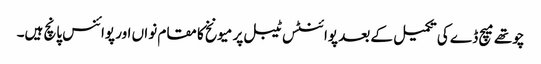
چوتھے میچ ڈے کی تکمیل کے بعد پوائنٹس ٹیبل پر میونخ کا مقام نواں اور پوائنس پانچ ہیں۔